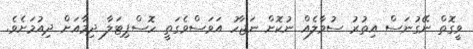
ވީގޮތް ނޭގުނަސް އިތުރު ސުވާލެއް ނުކޮށް ނަޖާހު އަވަސްވެގަތީ ހޮސްޕިޓަލާ ދިމާއަށް ދިއުމަށެވެ.